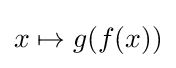
x\mapsto g(f(x))